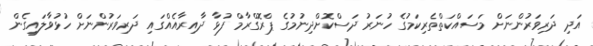
އަދި ދަރިވަރުންނަށް މަސައްކަތްތެރިކަމުގެ ހުނަރު ދަސްކޮށްދިނުމުގެ ޕްރޮގްރާމް ފުޅާ ދާއިރާއެއްގައި ދަރިވަރުންނަށް ހުޅުވާލައިގެން